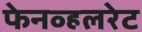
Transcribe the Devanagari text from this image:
फेनव्हलरेट